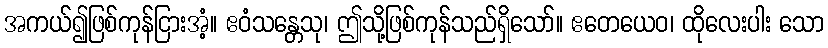
အကယ်၍ဖြစ်ကုန်ငြားအံ့။ ဧဝံသန္တေသု၊ ဤသို့ဖြစ်ကုန်သည်ရှိသော်။ ဧတေယေဝ၊ ထိုလေးပါး သော